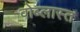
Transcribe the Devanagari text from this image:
वोब्लास्त